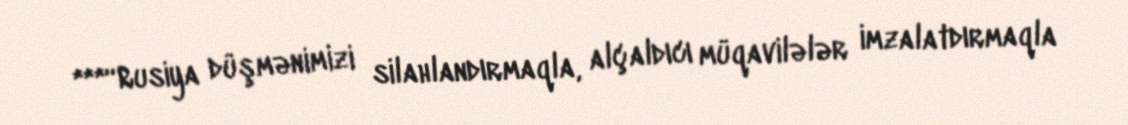
***“Rusiya düşmənimizi silahlandırmaqla, alçaldıcı müqavilələr imzalatdırmaqla